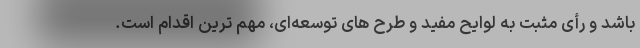
باشد و رأی مثبت به لوایح مفید و طرح های توسعه‌ای، مهم ترین اقدام است.